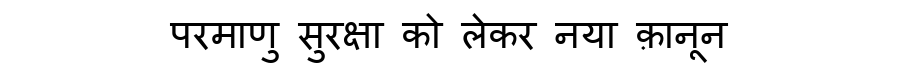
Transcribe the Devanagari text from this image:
परमाणु सुरक्षा को लेकर नया क़ानून